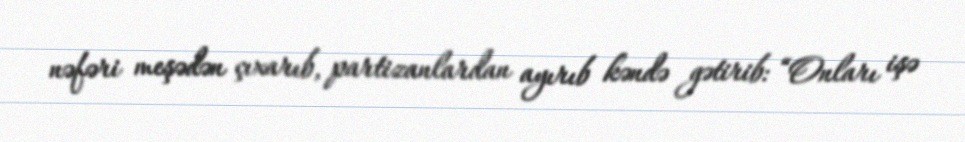
nəfəri meşədən çıxarıb, partizanlardan ayırıb kəndə gətirib: “Onları işə